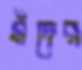
মঁদের